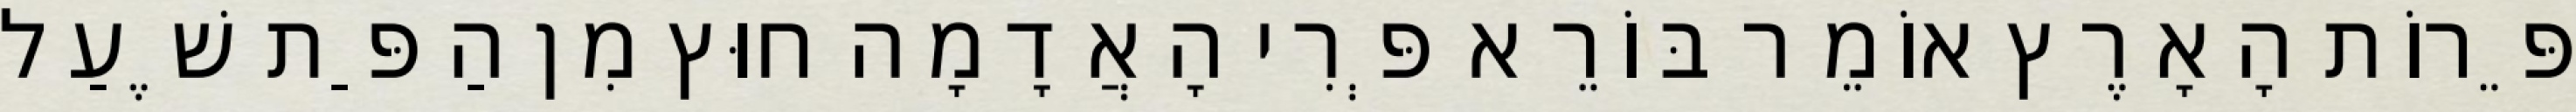
פֵּרוֹת הָאָרֶץ אוֹמֵר בּוֹרֵא פְּרִי הָאֲדָמָה חוּץ מִן הַפַּת שֶׁעַל